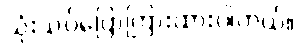
သုံးသပ်ပြောကြားထားပါတယ်။